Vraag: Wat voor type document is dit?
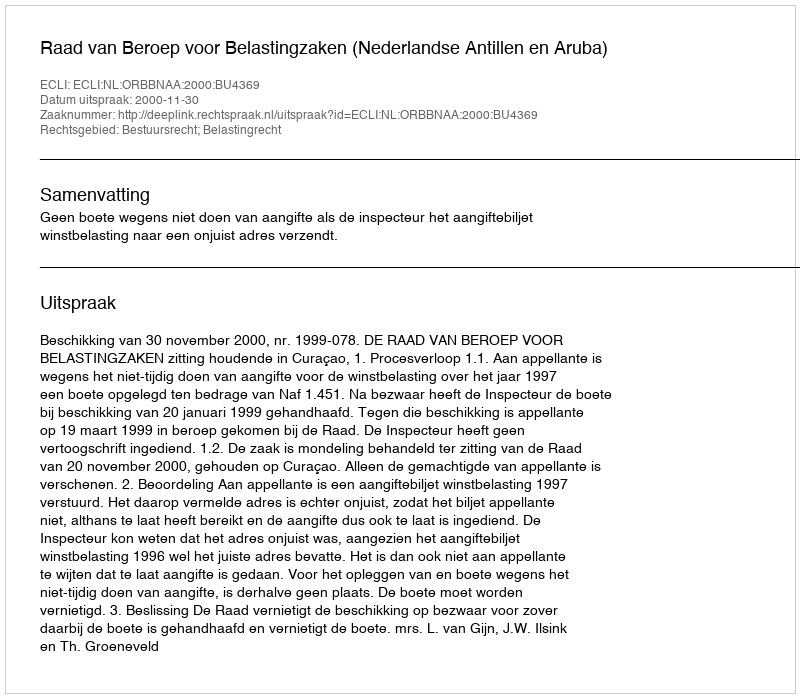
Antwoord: Uitspraak